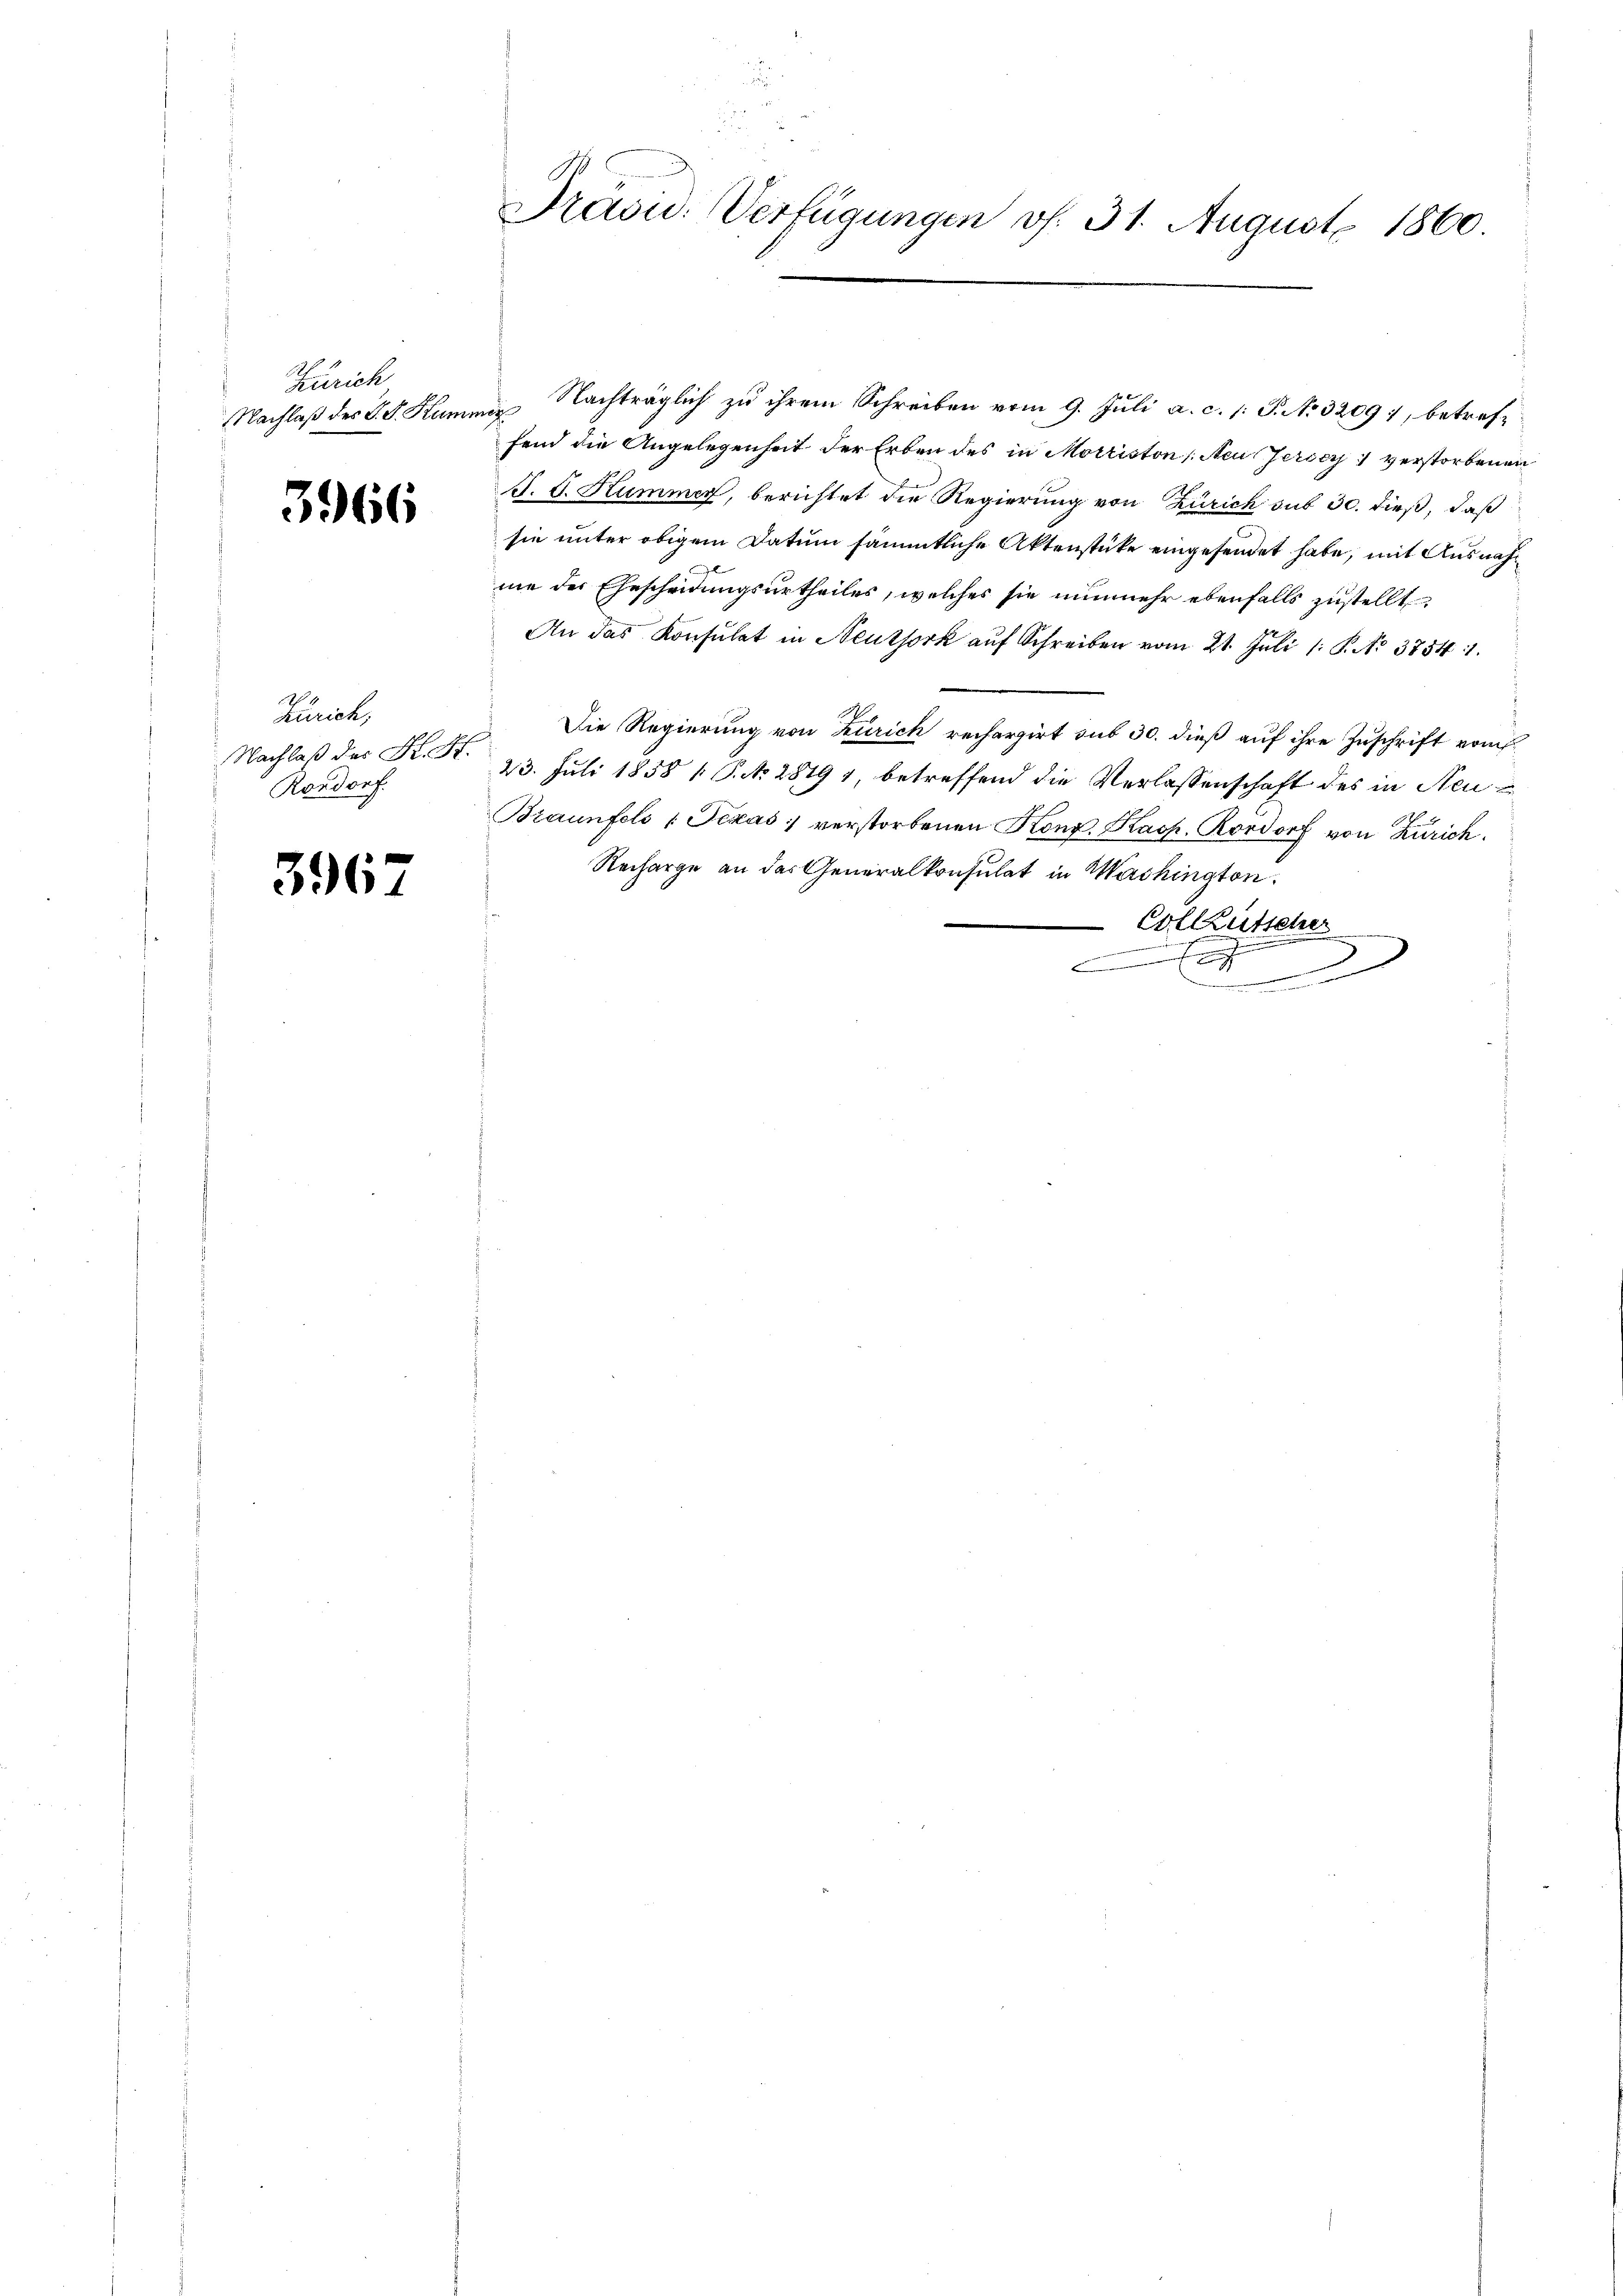
Zürich
NNachlaß des S. S. Kummer

3966

Zürich,
Nachlaß der K. St.
Rordorf.

396

Präsid. Verfügungen v. 31. August 1860

Nachträglich zu ihrem Schreiben vom 9. Juli a. c. l. J. No 3209, betrefffend die Angelegenheit der Erben des in Morriston (Acus Jerser verstorbenen
d. G. Kummer, berichtet die Regierung von Zürich sub 30. dieß, daß
sie unter obigem Datum sämmtliche Aktenstücke eingesendet habe, mit Ausnahme der Ehescheidungsurtheiles, welches sie nunmehr ebenfalls zustellt
An das Konsulat in Neuthork aŭf Schreiben vom 21. Juli 1: P. No 38541.
Die Regierung von Zürich recherzirt sub 30. dieß auf ihre Zuschrift vom
23. Juli 1858 1 Pkt. 28191, betreffend die Verlassenschaft des in Neu¬
Braunfeld (Texas verstorbenen Kong. Kasp. Rordorf von Zürich.
Recharge an das Generalkonsulat in Machington.
Eollzutscher
.
D